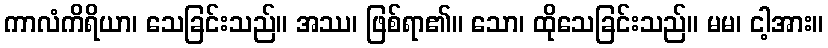
ကာလံကိရိယာ၊ သေခြင်းသည်။ အဿ၊ ဖြစ်ရာ၏။ သော၊ ထိုသေခြင်းသည်။ မမ၊ ငါ့အား။